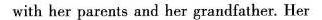
with her parents and her grandfather. Her